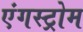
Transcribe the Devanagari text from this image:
एंगस्ट्रोम